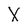
Character: X